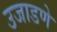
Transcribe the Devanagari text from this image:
उजाडणे